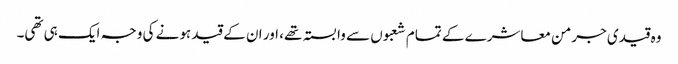
وہ قیدی جرمن معاشرے کے تمام شعبوں سے وابستہ تھے، اور ان کے قید ہونے کی وجہ ایک ہی تھی۔